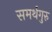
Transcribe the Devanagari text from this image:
समर्थगुरु